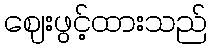
ဈေးဖွင့်ထားသည်